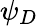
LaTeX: \psi_{D}